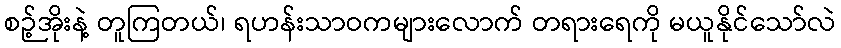
စဉ့်အိုးနဲ့ တူကြတယ်၊ ရဟန်းသာဝကများလောက် တရားရေကို မယူနိုင်သော်လဲ